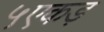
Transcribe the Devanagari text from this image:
५एकड़